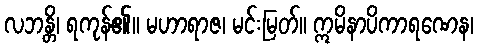
လဘန္တိ၊ ရကုန်၏။ မဟာရာဇ၊ မင်းမြတ်။ ဣမိနာပိကာရဏေန၊